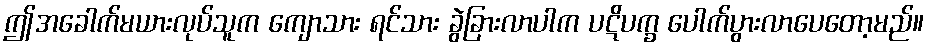
ဤအခေါက်မယားလုပ်သူက ကျောသား ရင်သား ခွဲခြားလာပါက ပဋိပက္ခ ပေါက်ပွားလာပေတော့မည်။